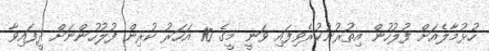
ހުޅުމާލެއަށް ފުލުހުން އިތުރުނުކުރެވިފައި ވަނީ މީގެ 10 އަހަރު ކުރިން ފުލުހުންނަށް ދީފައިވާ